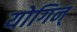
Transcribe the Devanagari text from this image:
योगिन्